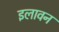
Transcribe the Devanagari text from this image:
इलावन